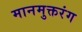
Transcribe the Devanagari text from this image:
मानमुक्तरंग